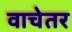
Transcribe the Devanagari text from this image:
वाचेतर